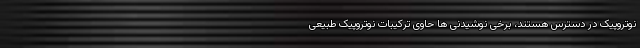
نوتروپیک در دسترس هستند، برخی نوشیدنی ها حاوی ترکیبات نوتروپیک طبیعی